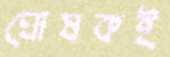
ঘোষকই